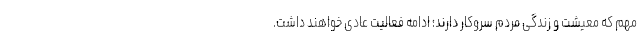
مهم که معیشت و زندگی مردم سروکار دارند؛ ادامه فعالیت عادی خواهند داشت.